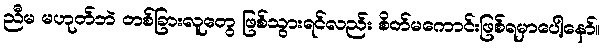
ညီမ မဟုတ်ဘဲ တစ်ခြားလူတွေ ဖြစ်သွားရင်လည်း စိတ်မကောင်းဖြစ်ရမှာပေါ့နော်။